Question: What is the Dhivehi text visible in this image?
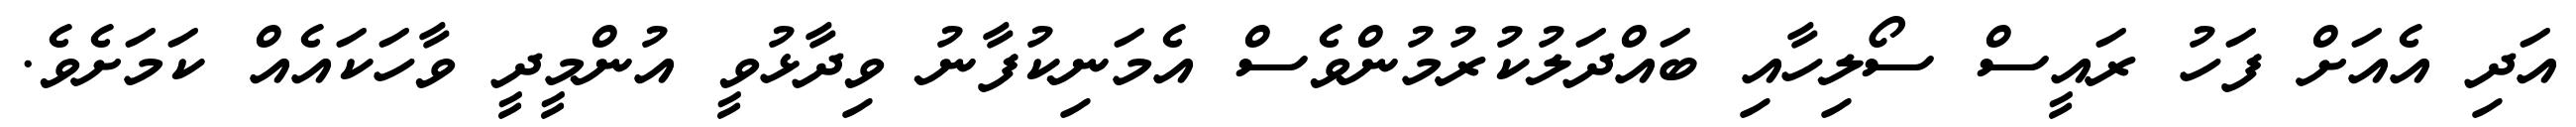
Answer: އަދި އެއަށް ފަހު ރައީސް ސޯލިހާއި ބައްދަލުކުރުމުންވެސް އެމަނިކުފާނު ވިދާޅުވީ އުންމީދީ ވާހަކައެއް ކަމަށެވެ.